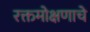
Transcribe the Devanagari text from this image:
रक्तमोक्षणाचे